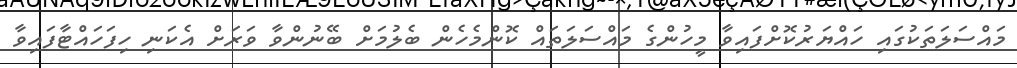
މައްސަލަތަކުގައި ހައްޔަރުކޮށްފައިވާ މީހުންގެ މައްސަލަތައް ކޮންމެހެން ބެލުމަށް ބޭނުންވާ ވަރަށް އެކަނި ހިފަހައްޓާފައިވާ